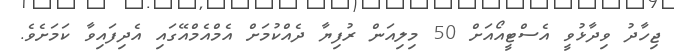
ޖިހާދު ވިދާޅުވީ އެސްޓީއޯއަށް 50 މިލިއަން ރުފިޔާ ދެއްކުމަށް އެމްއެމްއޭގައި އެދިފައިވާ ކަމަށެވެ.